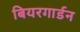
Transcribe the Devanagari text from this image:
बियरगार्डन